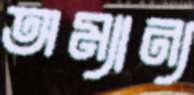
অম্যান্য